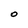
Character: O